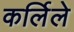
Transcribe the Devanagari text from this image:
कर्लिले